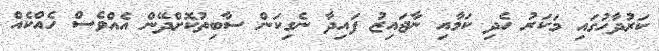
ކަރުދާހުގައި މަކަރު ހެދި ކަމާއި ނާޖައިޒު ފައިދާ ނެގިކަން ސާބިތުކޮށްދޭން އެއްވެސް ހެއްކެއް